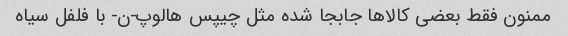
ممنون فقط بعضی کالا‌ها جابجا شده مثل چیپس هالوپ-ن- با فلفل سیاه